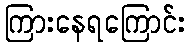
ကြားနေရကြောင်း